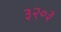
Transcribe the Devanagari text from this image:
३२०३